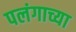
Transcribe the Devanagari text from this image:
पलंगाच्या